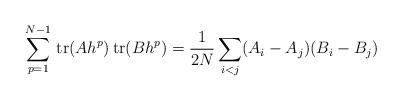
LaTeX: \begin{align*}\sum_{p=1}^{N-1} {\rm \, tr} (A h^p) {\rm \, tr} (B h^p) = \frac{1}{2N} \sum _{i<j}(A_{i}-A_{j})(B_{i}-B_{j})\end{align*}